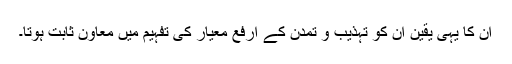
ان کا یہی یقین ان کو تہذیب و تمدن کے ارفع معیار کی تفہیم میں معاون ثابت ہوتا۔